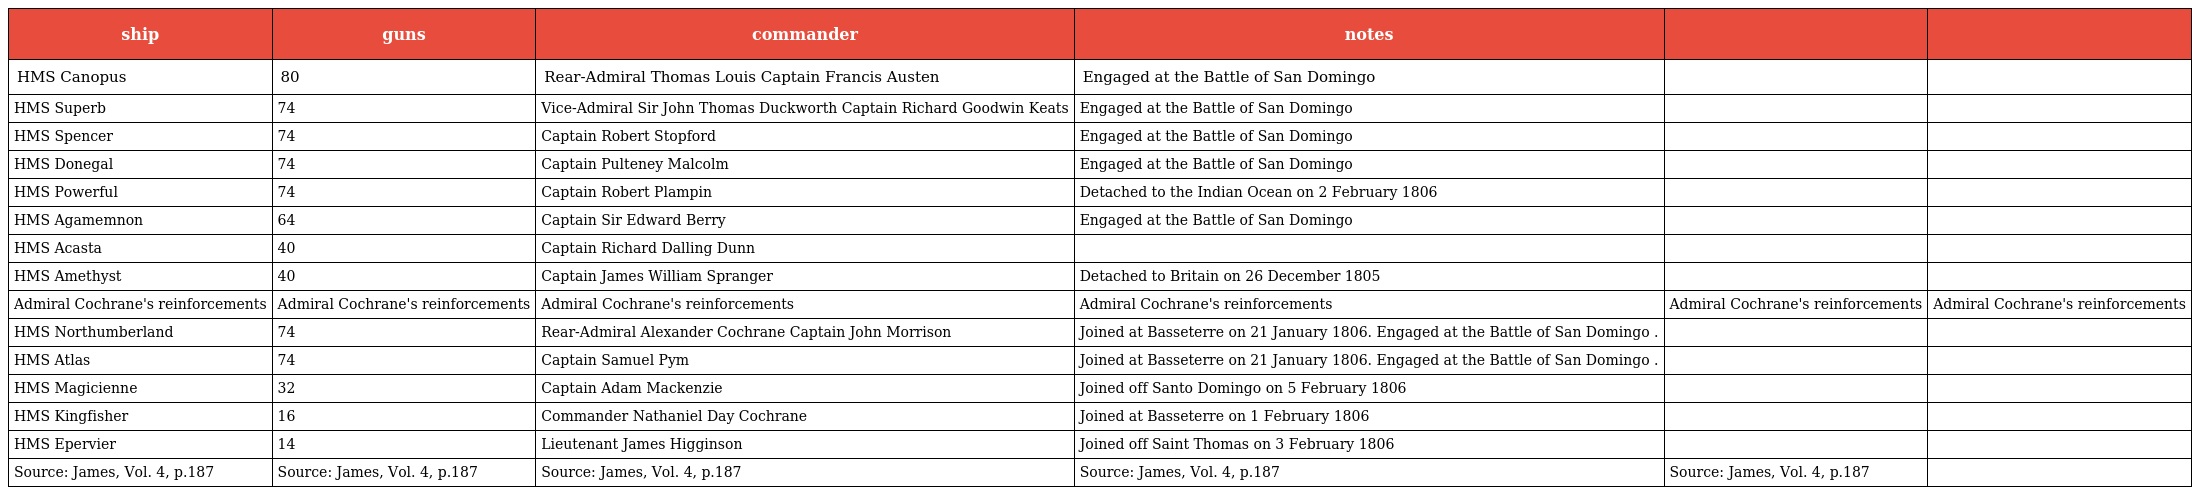
| ship | guns | commander | notes |  |  |
 | --- | --- | --- | --- | --- | --- |
 | HMS Canopus | 80 | Rear-Admiral Thomas Louis Captain Francis Austen | Engaged at the Battle of San Domingo |  |  |
 | HMS Superb | 74 | Vice-Admiral Sir John Thomas Duckworth Captain Richard Goodwin Keats | Engaged at the Battle of San Domingo |  |  |
 | HMS Spencer | 74 | Captain Robert Stopford | Engaged at the Battle of San Domingo |  |  |
 | HMS Donegal | 74 | Captain Pulteney Malcolm | Engaged at the Battle of San Domingo |  |  |
 | HMS Powerful | 74 | Captain Robert Plampin | Detached to the Indian Ocean on 2 February 1806 |  |  |
 | HMS Agamemnon | 64 | Captain Sir Edward Berry | Engaged at the Battle of San Domingo |  |  |
 | HMS Acasta | 40 | Captain Richard Dalling Dunn |  |  |  |
 | HMS Amethyst | 40 | Captain James William Spranger | Detached to Britain on 26 December 1805 |  |  |
 | Admiral Cochrane's reinforcements | Admiral Cochrane's reinforcements | Admiral Cochrane's reinforcements | Admiral Cochrane's reinforcements | Admiral Cochrane's reinforcements | Admiral Cochrane's reinforcements |
 | HMS Northumberland | 74 | Rear-Admiral Alexander Cochrane Captain John Morrison | Joined at Basseterre on 21 January 1806. Engaged at the Battle of San Domingo . |  |  |
 | HMS Atlas | 74 | Captain Samuel Pym | Joined at Basseterre on 21 January 1806. Engaged at the Battle of San Domingo . |  |  |
 | HMS Magicienne | 32 | Captain Adam Mackenzie | Joined off Santo Domingo on 5 February 1806 |  |  |
 | HMS Kingfisher | 16 | Commander Nathaniel Day Cochrane | Joined at Basseterre on 1 February 1806 |  |  |
 | HMS Epervier | 14 | Lieutenant James Higginson | Joined off Saint Thomas on 3 February 1806 |  |  |
 | Source: James, Vol. 4, p.187 | Source: James, Vol. 4, p.187 | Source: James, Vol. 4, p.187 | Source: James, Vol. 4, p.187 | Source: James, Vol. 4, p.187 |  |